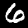
Digit: 6